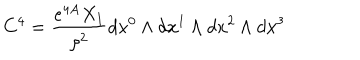
LaTeX: C ^ { 4 } = { \frac { e ^ { 4 A } X _ { 1 } } { \rho ^ { 2 } } } d x ^ { 0 } \wedge d x ^ { 1 } \wedge d x ^ { 2 } \wedge d x ^ { 3 }